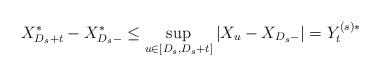
LaTeX: \begin{align*}X_{D_s+t}^* - X_{D_s-}^* \leq \sup_{u\in [D_s,D_s+t]} |X_u - X_{D_s-}|= Y^{(s)*}_t \end{align*}